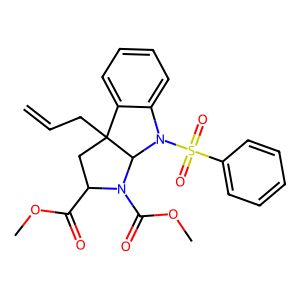
SMILES: C=CCC12CC(C(=O)OC)N(C(=O)OC)C1N(S(=O)(=O)c1ccccc1)c1ccccc12
Inhibits HIV replication: No